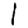
Digit: 1